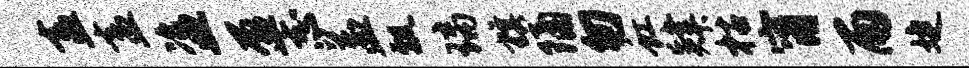
盍盍盗盈志益瓢璃旗隔匆虹肄枯甯雨婕